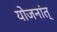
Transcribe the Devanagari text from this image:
योजनांत्‌